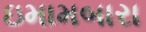
ઇમામબારા